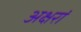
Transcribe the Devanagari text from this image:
अक्षरां